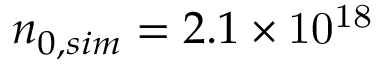
n _ { 0 , s i m } = 2 . 1 \times \mathrm { 1 0 ^ { 1 8 } }